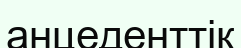
анцеденттік